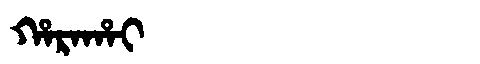
Manchu: ᡥᠠᡵᠠᡥᠠᡳ
Romanization: HARAHAI